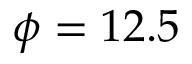
\phi = 1 2 . 5 \